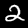
Label: 2